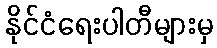
နိုင်ငံရေးပါတီများမှ